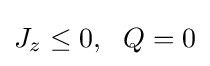
J_{z}\leq 0,~~Q=0